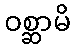
ဝစ္ဆာမိ